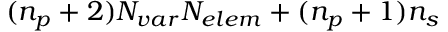
( \ensuremath { n _ { p } } + 2 ) \ensuremath { N _ { v a r } } \ensuremath { N _ { e l e m } } + ( \ensuremath { n _ { p } } + 1 ) \ensuremath { n _ { s } }